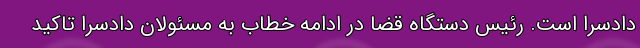
دادسرا است. رئیس دستگاه قضا در ادامه خطاب به مسئولان دادسرا تاکید